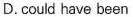
D. could have been